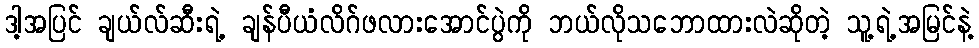
ဒါ့အပြင် ချယ်လ်ဆီးရဲ့ ချန်ပီယံလိဂ်ဖလားအောင်ပွဲကို ဘယ်လိုသဘောထားလဲဆိုတဲ့ သူ့ရဲ့အမြင်နဲ့